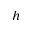
^ h